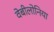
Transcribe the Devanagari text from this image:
वेबीलोनिया